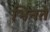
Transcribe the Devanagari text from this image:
भिनते